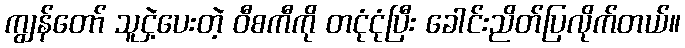
ကျွန်တော် သူငှဲ့ပေးတဲ့ ဝီစကီကို တငုံငုံပြီး ခေါင်းညိတ်ပြလိုက်တယ်။